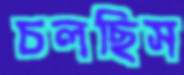
চলছিস